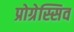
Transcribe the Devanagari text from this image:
प्रोग्रेस्सिव